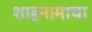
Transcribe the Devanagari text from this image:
शाहनामाचा